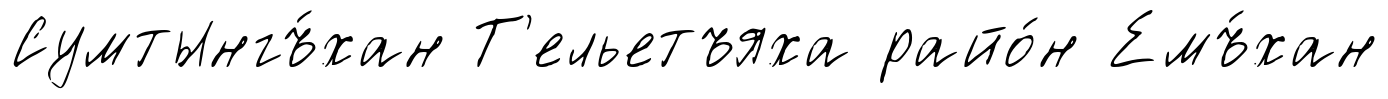
Сумтынгъ́хан Т'ельетъяха райо́н Емъ́хан